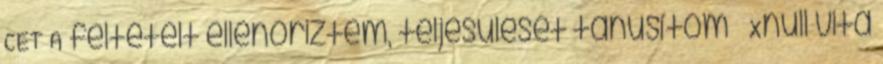
CET A feltételt ellenőriztem, teljesülését tanúsítom – Xnull vita